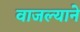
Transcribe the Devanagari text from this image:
वाजल्याने